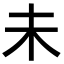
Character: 未